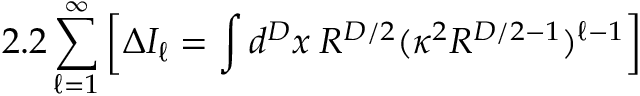
2 . 2 \sum _ { \ell = 1 } ^ { \infty } \left[ \Delta I _ { \ell } = \int d ^ { D } x \: R ^ { D / 2 } ( \kappa ^ { 2 } R ^ { D / 2 - 1 } ) ^ { \ell - 1 } \right]